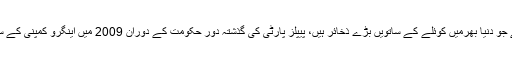
سندھ کے ضلع تھرپارکر میں 1991 میں 175 ارب ٹن کوئلے کے ذخائر دریافت ہوئے تھے جو دنیا بھرمیں کوئلے کے ساتویں بڑے ذخائر ہیں، پیپلز پارٹی کی گذشتہ دور حکومت کے دوران 2009 میں اینگرو کمپنی کے ساتھ معاعدہ کیا گیا، جس کے بعد سندھ اینگرو کول مائننگ کمپنی کے تحت کام شروع کیا گیا۔